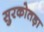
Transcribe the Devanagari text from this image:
सुरकोतड़ा